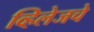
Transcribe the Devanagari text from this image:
व्हिलेजचे